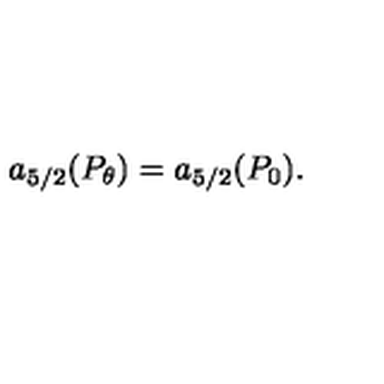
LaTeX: a _ { 5 / 2 } ( P _ { \theta } ) = a _ { 5 / 2 } ( P _ { 0 } ) .